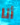
أنا